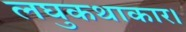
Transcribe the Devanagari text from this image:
लघुकथाकार।